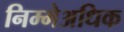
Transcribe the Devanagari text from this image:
निम्मेअधिक